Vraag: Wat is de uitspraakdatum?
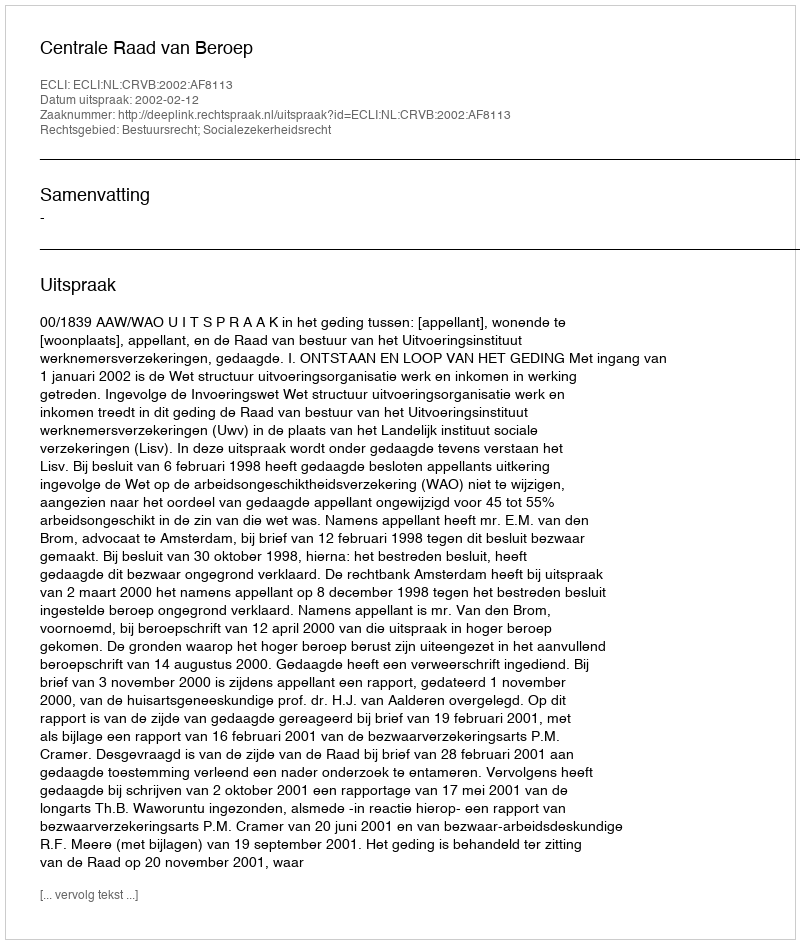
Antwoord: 2002-02-12